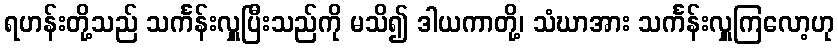
ရဟန်းတို့သည် သင်္ကန်းလှူပြီးသည်ကို မသိ၍ ဒါယကာတို့၊ သံဃာအား သင်္ကန်းလှူကြလော့ဟု